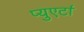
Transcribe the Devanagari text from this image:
प्युएर्टा